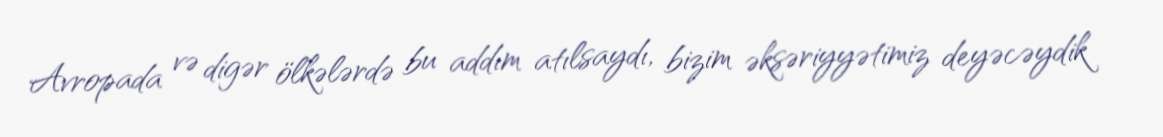
Avropada və digər ölkələrdə bu addım atılsaydı, bizim əksəriyyətimiz deyəcəydik